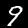
Digit: 9